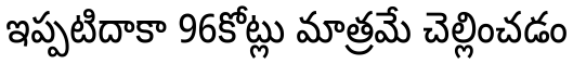
ఇప్పటిదాకా 96కోట్లు మాత్రమే చెల్లించడం